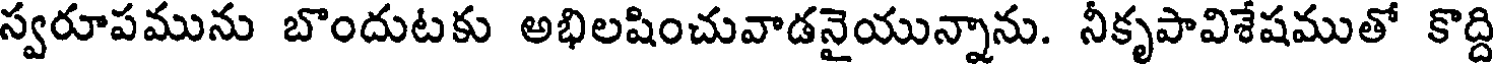
స్వరూపమును బొందుటకు అభిలషించువాడనైయున్నాను. నీకృపావిశేషముతో కొద్ది